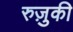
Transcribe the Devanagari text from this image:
रुज़ुकी